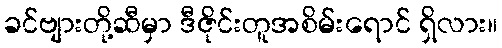
ခင်ဗျားတို့ဆီမှာ ဒီဇိုင်းတူအစိမ်းရောင် ရှိလား။